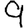
Digit: 9